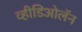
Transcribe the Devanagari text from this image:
व्हीडिओलॅन